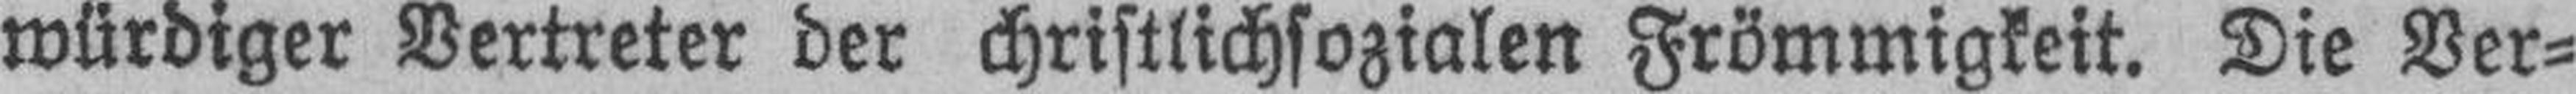
würdiger Vertreter der christlichsozialen Frömmigkeit. Die Ver¬